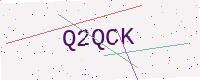
Text: Q2QCK